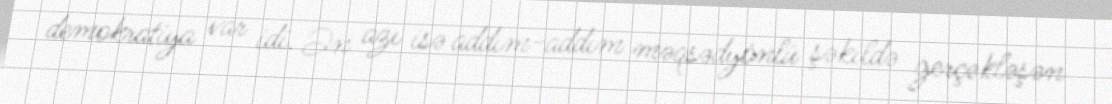
demokratiya var idi. Ən azı isə addım-addım məqsədyönlü şəkildə gerçəkləşən